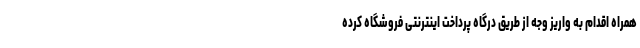
همراه اقدام به واریز وجه از طریق درگاه پرداخت اینترنتی فروشگاه کرده